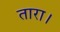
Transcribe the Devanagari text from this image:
तारा।